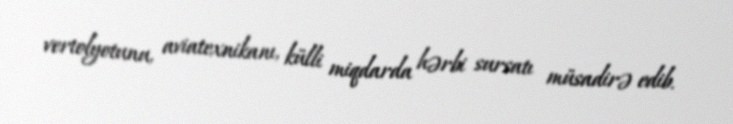
vertolyotunu, aviatexnikanı, külli miqdarda hərbi sursatı müsadirə edib.